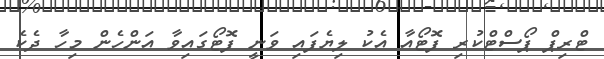
ޓްރިޕް ޕޯސްޓްކުރި ފޮޓޯއާ އެކު ލިޔެފައި ވަނީ ފޮޓޯގައިވާ އަންހެން މިހާ ދެކެ